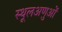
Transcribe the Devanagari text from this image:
स्थूलअणुओं